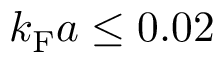
k _ { \mathrm { F } } a \le 0 . 0 2